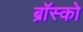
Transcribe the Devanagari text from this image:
ब्रॉस्को